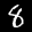
Label: 8